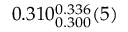
0 . 3 1 0 _ { 0 . 3 0 0 } ^ { 0 . 3 3 6 } ( 5 )